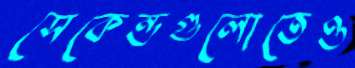
সেকেন্ডগুলোতেও